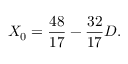
X _ { 0 } = { \frac { 4 8 } { 1 7 } } - { \frac { 3 2 } { 1 7 } } D .